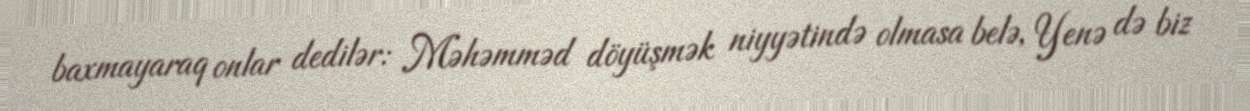
baxmayaraq onlar dedilər: Məhəmməd döyüşmək niyyətində olmasa belə, Yenə də biz